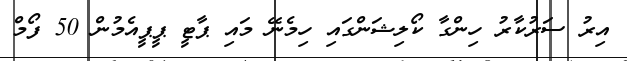
އިރު ސަރުކާރު ހިންގާ ކޯލިޝަންގައި ހިމެނޭ މައި ޕާޓީ ޕީޕީއެމުން 50 ފޯމް